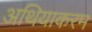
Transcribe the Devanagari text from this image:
अथियाकरम